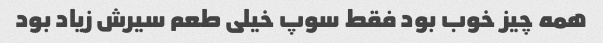
همه چیز خوب بود فقط سوپ خیلی طعم سیرش زیاد بود